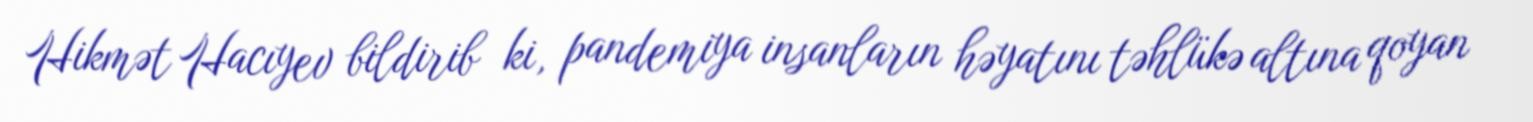
Hikmət Hacıyev bildirib ki, pandemiya insanların həyatını təhlükə altına qoyan